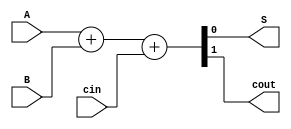
`timescale 1ns / 1ps



module FA(A, B, cin, S, cout);
input A;
input B;
input cin;
output S;
output cout;
assign {cout, S} = A+B+cin;

endmodule